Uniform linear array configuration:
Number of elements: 16
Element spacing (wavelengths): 0.75
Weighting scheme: hann
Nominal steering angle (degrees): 15
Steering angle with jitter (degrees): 14.841
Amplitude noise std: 0.05
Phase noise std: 0.05

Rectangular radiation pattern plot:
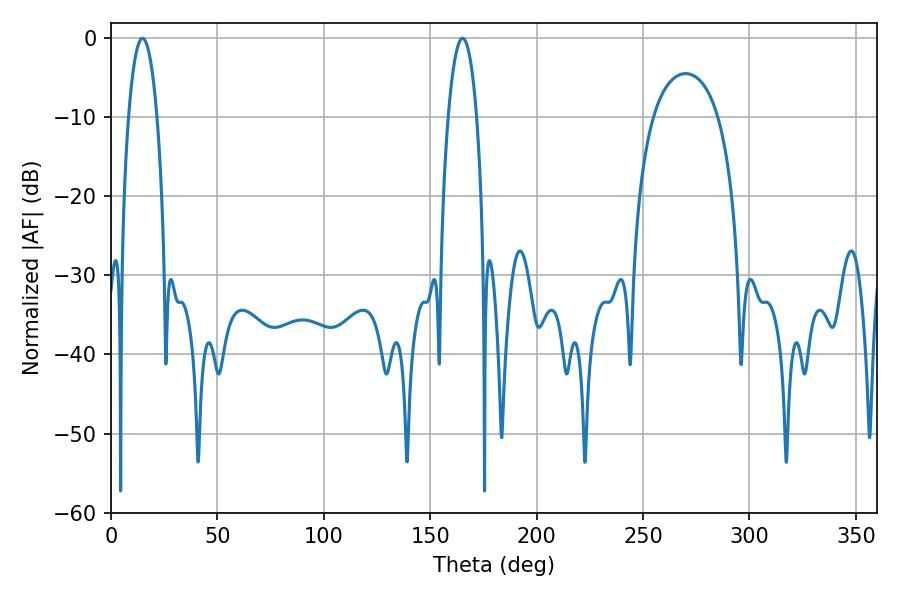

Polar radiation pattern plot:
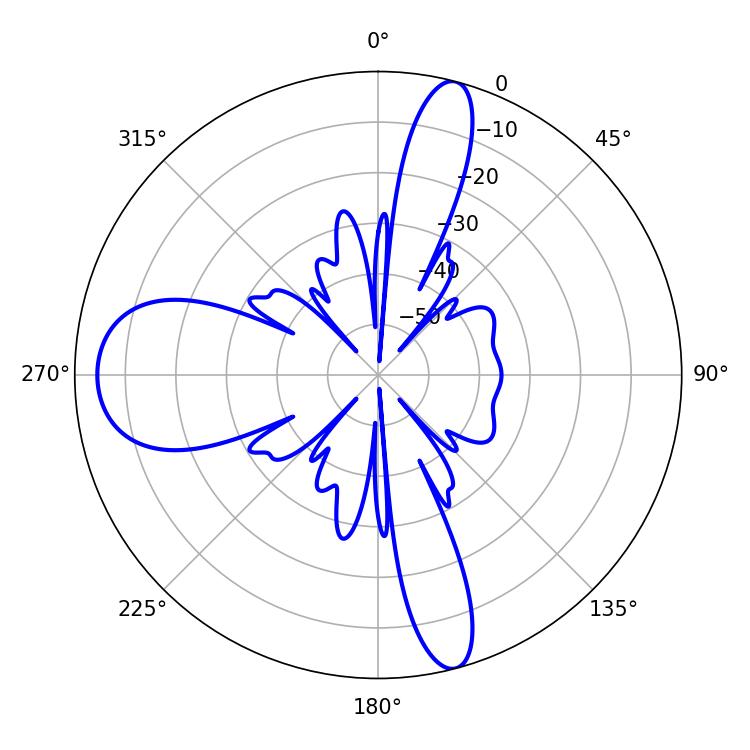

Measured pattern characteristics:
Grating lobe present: TRUE
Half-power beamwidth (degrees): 7.38
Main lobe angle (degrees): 14.76